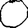
Digit: 0